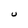
Character: U